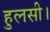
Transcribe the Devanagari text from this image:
हुलसी।